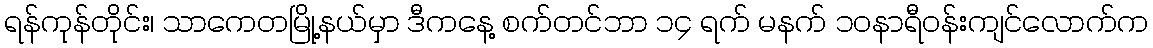
ရန်ကုန်တိုင်း၊ သာကေတမြို့နယ်မှာ ဒီကနေ့ စက်တင်ဘာ ၁၄ ရက် မနက် ၁၀နာရီဝန်းကျင်လောက်က